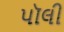
પૉલી